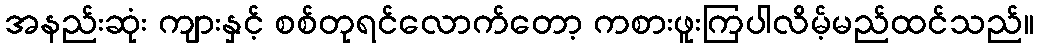
အနည်းဆုံး ကျားနှင့် စစ်တုရင်လောက်တော့ ကစားဖူးကြပါလိမ့်မည်ထင်သည်။